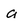
Character: a